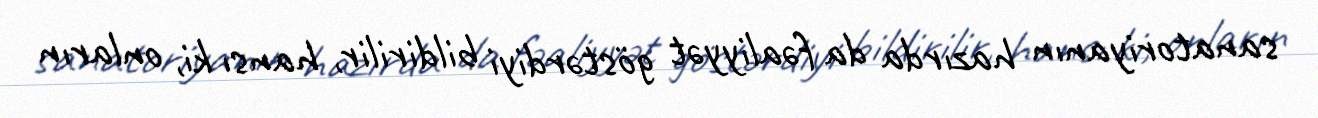
sanatoriyanın hazırda da fəaliyyət göstərdiyi bildirilir, hansı ki, onların